Report on vaccination in Madras 1922-1929 - 1922-1929
Year: 1922
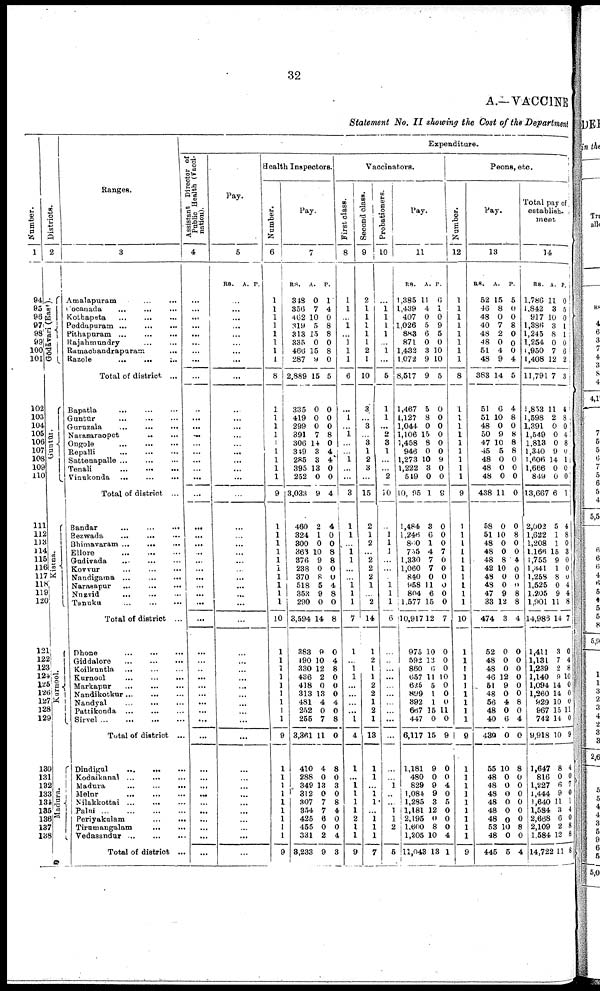
32
A.—VACCINE
Statement No. II showing the Cost of the Department
Number.
1
94
95
96
97
98
99
100
101
102
103
104
105
106
107
108
109
110
111
112
113
114
115
116
117
118
119
120
121
122
123
124
125
126
127
128
129
130
131
132
133
134
135
136
137
138
Districts.
2
Gōdāvari (East).
Guntūr.
Kistna.
Kurnool.
Madura.
Ranges.
3
Amalapuram... ...
Cocanada...
...
Kothapeta
...
...
Peddapuram ...
...
...
Pithapuram ...
...
...
Rajahmundry...
...
Ramachandrapuram... ...
Razole
...
...
..
Total of district. ...
Bapatla...
...
Guntūr
...
Guruzala
...
...
...
Narasaraopet...
...
Ongole...
...
Repalli...
...
Sattenapalle...
...
Tenali...
...
Vinukonda...
...
Total of district ...
Bandar...
...
Bezwada
...
Bhimavaram ...
...
Ellore...
...
Gudivada... ...
Kovvur...
...
Nandigama...
...
...
Narasapur... ...
Nuzvid... ...
Tanuka...
...
Total of district ...
Dhone...
...
Giddalore...
...
Koilkuntla...
...
Kurnool...
...
Markapur...
...
Nandikotkur...
...
Nandyal...
...
Pattikonda...
...
Sirvel...
...
Total of district ...
Dindigul...
...
Kodaikanal... ...
Madura...
...
Melur...
...
Nilakkottai...
...
Palni...
...
Periyakulam...
...
Tirumangalam...
...
Vedasandur...
...
Total of district ...
Expenditure.
Assistant Director of
Public Health (Vacci
nation).
4
...
...
...
...
...
...
...
...
...
...
...
...
...
...
...
...
...
...
...
...
...
...
...
...
...
...
...
...
...
...
...
...
...
...
...
...
...
...
...
...
...
...
...
...
...
...
...
...
...
...
Pay.
5
RS. A. P.
...
...
...
...
...
...
...
...
...
...
...
...
...
...
...
...
...
...
...
...
...
...
...
...
...
...
...
...
...
...
...
...
...
...
...
...
...
...
...
...
...
...
...
...
...
...
...
...
...
...
Health Inspectors.
Number.
6
1
1
1
1
1
1
1
1
8
1
1
1
1
1
1
1
1
1
9
1
1
1
1
1
1
1
1
1
1
10
1
1
1
1
1
1
1
1
1
9
1
1
1
1
1
1
1
1
1
9
Pay.
7
RS.
348
356
462
319
313
335
466
287
2,889
335
419
299
391
306
349
285
395
252
3,033
460
324
300
363
376
238
370
518
353
290
3,594
383
490
330
436
418
313
481
252
255
3,361
410
288
349
312
307
354
425
455
331
3,233
A.
0
7
10
5
15
0
15
9
15
0
0
0
7
14
3
3
13
0
9
2
1
0
10
9
0
8
5
9
0
14
9
10
12
2
0
13
4
0
7
11
4
0
13
0
7
7
6
0
2
9
P.
1
4
0
8
8
0
8
0
5
0
0
0
8
0
4
4
0
0
4
4
0
0
8
8
0
0
4
8
0
8
0
4
8
0
0
0
4
0
8
0
8
0
3
0
8
4
0
0
4
3
Vaccinators.
First class.
8
1
1
...
1
...
1
1
1
6
...
1
...
1
...
...
1
...
...
3
1
1
...
1 l
...
...
1
1
1
7
1
...
1
l
...
...
...
...
1
4
1
...
1
1
1
1
2
1
1
9
Second class.
9
2
1
1
1
1
1
2
1
10
3
...
3
...
3
1
2
3
...
15
2
1
2
...
2
2
2
1
...
2
14
1
2
1
1
2
2
1
2
1
13
1
1
...
1
1
...
1
1
1
7
Probationers.
10
...
1
1
1
1
...
1
...
5
1
1
...
2
3
1
...
...
2
10
...
1
1
1
...
...
1
1
1
6
...
...
...
...
...
...
...
...
...
...
...
...
1
..
...
1
1
2
5
Pay
11
RS.
1,385
1,439
407
1,026
883
871
1,432
1,072
8,517
1,467
1,127
1,044
1,106
1,458
946
1,273
1,222
549
10,095
1,484
1,246
860
755
1,330
1,060
840
958
804
1,577
10,917
975
592
860
657
625
899
392
667
447
6,117
1,181
480
829
1,084
1,285
1,181
2,195
1,600
1,205
11,043
A.
11
4
0
5
6
0
3
9
9
5
8
0
15
8
0
10
3
0
1
3
6
1
4
7
7
0
11
6
15
12
10
13
0
11
5
1
1
15
0
15
9
0
9
9
3
12
0
8
10
18
P.
0
1
0
9
5
0
10
10
5
0
0
0
0
0
0
9
0
0
9
0
0
0
7
0
0
0
0
0
0
7
0
0
0
10
0
0
0
11
0
9
0
0
4
0
5
0
0
0
4
1
Peons, etc.
Number.
12
1
1
1
1
1
1
1
1
8
1
1
1
1
1
1
1
1
1
9
1
1
1
1
1
1
1
1
1
1
10
1
1
1
1
1
1
1
1
1
9
1
1
1
1
1
1
1
1
1
9
Pay.
13
RS.
52
46
48
40
48
48
51
48
383
51
51
48
50
47
45
48
48
48
438
58
51
48
48
48
42
48
48
47
33
474
52
48
48
46
51
48
56
48
40
439
55
48
48
48
48
48
48
53
48
445
A.
15
8
0
7
2
0
4
9
14
6
10
0
9
10
5
0
0
0
11
0
10
0
0
8
10
0
0
9
12
3
0
0
0
12
9
0
4
0
6
0
10
0
0
0
0
0
0
10
0
5
P.
5
0
0
8
0
0
0
4
5
4
8
0
8
8
8
0
0
0
0
0
8
0
0
4
0
0
0
8
8
4
0
0
0
0
0
0
8
0
4
0
8
0
0
0
0
0
0
8
0
4
Total pay of
establish-
ment
14
RS.
1,786
1,842
917
1,386
1,245
1,254
1,950
1,408
11,791
1,853
1,598
1,391
1,549
1,813
1,340
l,606
1,666
849
13,667
2,002
1,622
1,208
1,166
1,755
l,34l
1,258
1,525
1,205
1,901
14,986
1,411
1,131
1,239
1,140
1,094
1,260
929
967
742
9,918
1,647
816
1,227
1,444
1,640
1,584
2,668
2,109
1,584
14,722
A.
11
3
10
3
8
0
7
12
7
11
2
0
0
0
9
14
0
0
6
5
1
1
15
9
1
8
0
9
11
14
3
7
2
9
14
14
10
15
14
10
8
0
6
9
11
3
6
2
12
11
P.
0
5
0
1
1
0
6
2
3
4
8
0 4
8
0
l
0
0
1
4
8
0
8
0
0
0
4
4
8
7
0
4
8
10
0
0
0
11
0
9
4
0
7
0
1
4
0
8
8
8